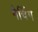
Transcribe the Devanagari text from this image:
मैचिँग